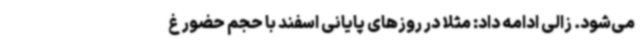
می‌شود. زالی ادامه داد: مثلا در روزهای پایانی اسفند با حجم حضور غ